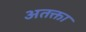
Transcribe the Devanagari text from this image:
अतक्ता